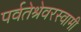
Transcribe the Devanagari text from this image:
पर्वतेश्रेवरस्वामी